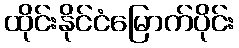
ထိုင်းနိုင်ငံမြောက်ပိုင်း